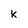
Character: k